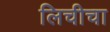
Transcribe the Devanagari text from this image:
लिचीचा